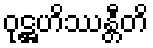
ဝုဋ္ဌဟိဿန္တီတိ